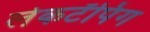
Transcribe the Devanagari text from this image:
लेकटॅपिंग